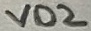
Text: VD2